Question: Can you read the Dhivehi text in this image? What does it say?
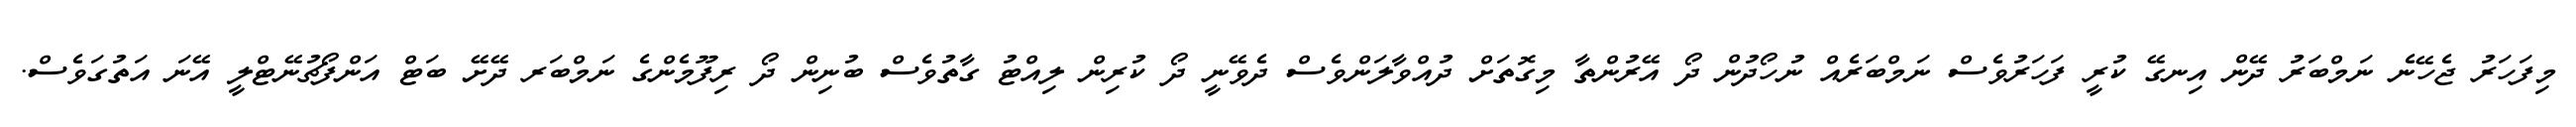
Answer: މިފަހަރު ޖެހޭނެ ނަމްބަރު ދޭން އިނގޭ ކުރީ ފަހަރުވެސް ނަމްބަރެއް ނުހޯދުން ދޯ އޭރުންތާ މިގޮތަށް ދުއްވާލަންވެސް ދެވޭނީ ދޯ ކުރިން ލިއްޓު ގާތުވެސް ބުނިން ދޯ ރިފޫމެންގެ ނަމްބަރ ދޭށޭ ބަޓް އަންފޯޗުނޭޓްލީ އޭނަ އަތުގަވެސް.